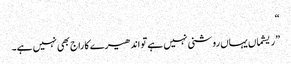
“
”ریشماں یہاں روشنی نہیں ہے تو اندھیرے کا راج بھی نہیں ہے۔